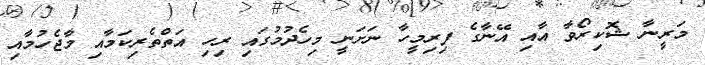
މަރީނާ ޝޮކިރޯވާ އާއި އޭނާގެ ފިރިމީހާ ނަށަނީ މިހެދުމުގައި ރިހި އަތްތެރިކަމާއި މާޖެހުމާއި